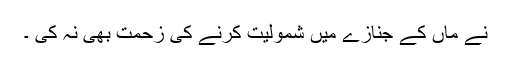
نے ماں کے جنازے میں شمولیت کرنے کی زحمت بھی نہ کی ۔